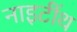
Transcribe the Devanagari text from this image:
नाइटींथ